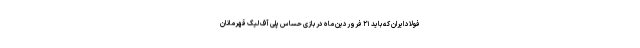
فولاد ایران که باید ۲۱ فروردین ماه در بازی حساس پلی آف لیگ قهرمانان